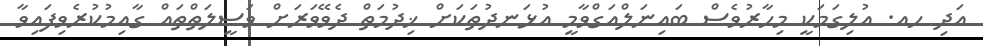
އަދި ހއ. އުލިގަމަކީ މިހާރުވެސް ބައިނަލްއަގްވާމީ އުޅަނދުތަކަށް ޚިދުމަތް ދެވޭވަރަށް ވަސީލަތްތައް ގާއިމުކުރެވިފައިވާ